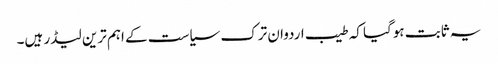
یہ ثابت ہوگیا کہ طیب اردوان ترک سیاست کے اہم ترین لیڈر ہیں۔